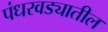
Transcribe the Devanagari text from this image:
पंधरवड्यातील